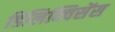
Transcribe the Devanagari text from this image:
डिलिक्विसेंस